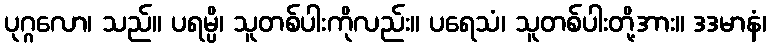
ပုဂ္ဂလော၊ သည်။ ပရမ္ပိ၊ သူတစ်ပါးကိုလည်း။ ပရေသံ၊ သူတစ်ပါးတို့အား။ ဒဒမာနံ၊